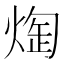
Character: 𭵖